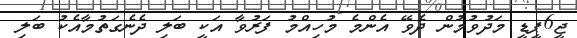
ޖީ6ޕީޑީ މަދުވުމުން ދެވޭ އެންމެ މުހިއްމު ފަރުވާ އަކީ ބަލި ދެނެގަތުމާއެކު ބަލި